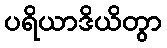
ပရိယာဒိယိတွာ